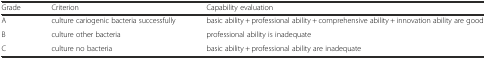
| Grade | Criterion | Capability evaluation |
 | --- | --- | --- |
 | A | culture cariogenic bacteria successfully | basic ability + professional ability + comprehensive ability + innovation ability are good |
 | B | culture other bacteria | professional ability is inadequate |
 | C | culture no bacteria | basic ability + professional ability are inadequate |